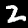
Digit: 2